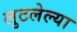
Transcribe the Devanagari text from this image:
लुटलेल्या